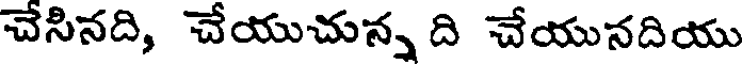
చేసినది, చేయుచున్న ది చేయునదియు